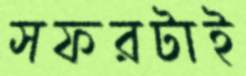
সফরটাই